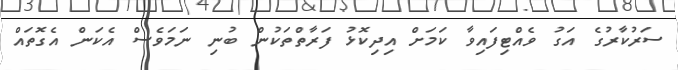
ސަރުކާރުގެ އަގު ވެއްޓިފައިވާ ކަމަށް އިދިކޮޅު ފަރާތްތަކުން ބުނި ނަމަވެސް އެކަން އެގޮތައް